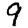
Digit: 9